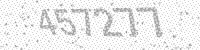
Solution: 457277